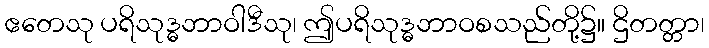
ဧတေသု ပရိသုဒ္ဓဘာဝါဒီသု၊ ဤပရိသုဒ္ဓဘာဝစသည်တို့၌။ ဌိတတ္တာ၊